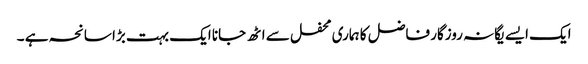
ایک ایسے یگانہ روزگار فاضل کا ہماری محفل سے اٹھ جانا ایک بہت بڑا سانحہ ہے ۔